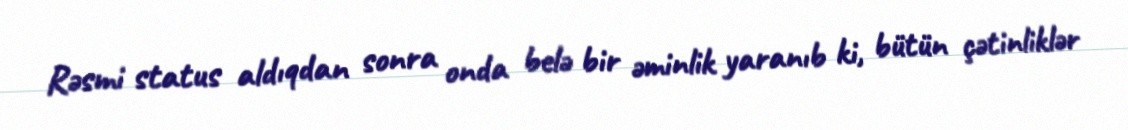
Rəsmi status aldıqdan sonra onda belə bir əminlik yaranıb ki, bütün çətinliklər